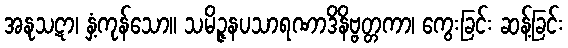
အနုသဋာ၊ နှံ့ကုန်သော။ သမိဉ္ဇနပသာရဏာဒိနိဗ္ဗတ္တကာ၊ ကွေးခြင်း ဆန့်ခြင်း